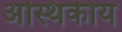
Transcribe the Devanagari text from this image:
अस्थिकीय